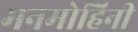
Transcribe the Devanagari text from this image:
मनमोहिनी